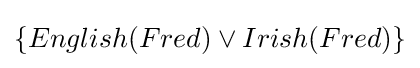
\{English(Fred)\vee Irish(Fred)\}